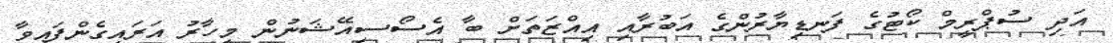
އަދި ސުޕްރީމް ކޯޓުގެ ފަނޑިޔާރުންގެ އަބުރާއި އިއްޒަތަށް ބާ އެސޯސިއޭޝަނުން މިހާރު އަރައިގެންފައިވާ